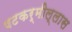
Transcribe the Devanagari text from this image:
षटकर्मील्लास